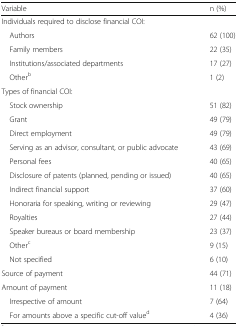
<table><thead><tr><td><b>Variable</b></td><td><b>n (%)</b></td></tr></thead><tbody><tr><td colspan="2">Individuals required to disclose financial COI:</td></tr><tr><td> Authors</td><td>62 (100)</td></tr><tr><td> Family members</td><td>22 (35)</td></tr><tr><td> Institutions/associated departments</td><td>17 (27)</td></tr><tr><td> Other<sup>b</sup></td><td>1 (2)</td></tr><tr><td colspan="2">Types of financial COI:</td></tr><tr><td> Stock ownership</td><td>51 (82)</td></tr><tr><td> Grant</td><td>49 (79)</td></tr><tr><td> Direct employment</td><td>49 (79)</td></tr><tr><td> Serving as an advisor, consultant, or public advocate</td><td>43 (69)</td></tr><tr><td> Personal fees</td><td>40 (65)</td></tr><tr><td> Disclosure of patents (planned, pending or issued)</td><td>40 (65)</td></tr><tr><td> Indirect financial support</td><td>37 (60)</td></tr><tr><td> Honoraria for speaking, writing or reviewing</td><td>29 (47)</td></tr><tr><td> Royalties</td><td>27 (44)</td></tr><tr><td> Speaker bureaus or board membership</td><td>23 (37)</td></tr><tr><td> Other<sup>c</sup></td><td>9 (15)</td></tr><tr><td> Not specified</td><td>6 (10)</td></tr><tr><td>Source of payment</td><td>44 (71)</td></tr><tr><td>Amount of payment</td><td>11 (18)</td></tr><tr><td> Irrespective of amount</td><td>7 (64)</td></tr><tr><td> For amounts above a specific cut-off value<sup>d</sup></td><td>4 (36)</td></tr></tbody></table>